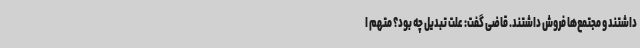
داشتند و مجتمع‌ها فروش داشتند. قاضی گفت: علت تبدیل چه بود؟ متهم ا